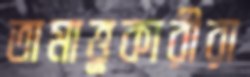
তামাত্তুকারীরা